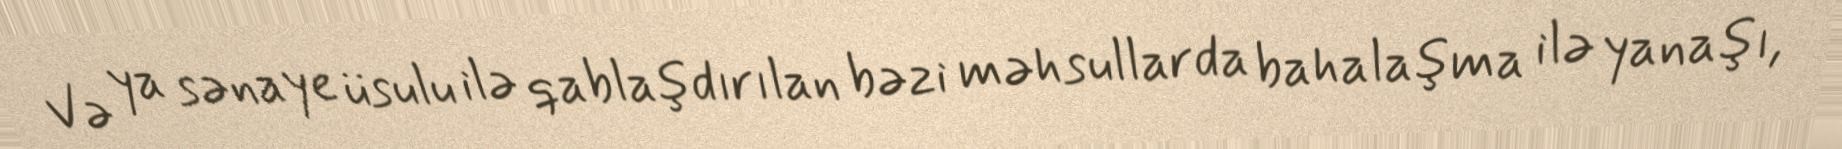
Və ya sənaye üsulu ilə qablaşdırılan bəzi məhsullarda bahalaşma ilə yanaşı,